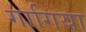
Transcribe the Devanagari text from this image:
गागिया